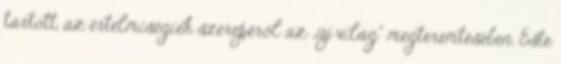
tartott, az értelmiségiek szerepéről az „új világ” megteremtésében. Este